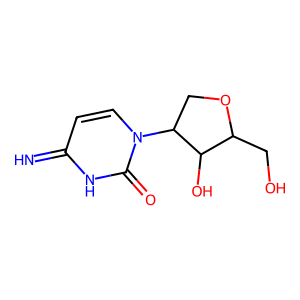
SMILES: N=c1ccn(C2COC(CO)C2O)c(=O)[nH]1
Inhibits HIV replication: No